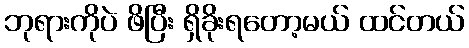
ဘုရားကိုပဲ ဖိပြီး ရှိခိုးရတော့မယ် ထင်တယ်